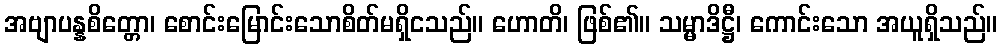
အဗျာပန္နစိတ္တော၊ စောင်းမြောင်းသောစိတ်မရှိငသည်။ ဟောတိ၊ ဖြစ်၏။ သမ္မာဒိဋ္ဌီ၊ ကောင်းသော အယူရှိသည်။